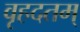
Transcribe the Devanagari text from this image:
वृहदतम्